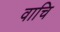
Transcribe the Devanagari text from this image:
वाचि